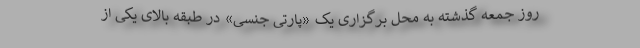
روز جمعه گذشته به محل برگزاری یک «پارتی جنسی» در طبقه بالای یکی از